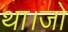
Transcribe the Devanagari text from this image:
था।जो